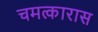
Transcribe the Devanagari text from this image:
चमत्कारास